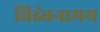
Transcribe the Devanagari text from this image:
विडंबनामय